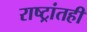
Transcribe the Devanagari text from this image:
राष्ट्रांतही